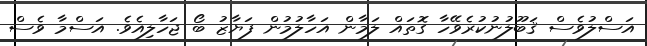
އަސްލުވެސް ޤަބޫލުނުކުރެވޭހާ ގޮތައް ލަމާން އަހާލުުމުން ފަޔާޒު ބޯ ޖަހާލިއެވެ. އަސްމާ ވެސް